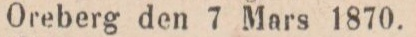
Oreberg den 7 Mars 1870.